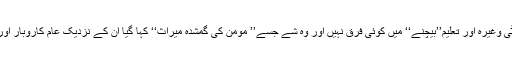
اس مائنڈ سیٹ کے نزدیک فرنیچر، آلو چھولے، برقی آلات ، کپڑا ، جوتا ، کاسمیٹکس، نان روٹی وغیرہ اور تعلیم’’بیچنے‘‘ میں کوئی فرق نہیں اور وہ شے جسے’’ مومن کی گمشدہ میراث‘‘ کہا گیا ان کے نزدیک عام کاروبار اور دھندے جیسی ہی کوئی شے ہے تو ہمیں اس کے نتائج بھگتنے کے لئے بھی تیار رہنا چاہئے۔